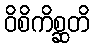
ဝိစိကိစ္ဆတိ